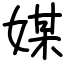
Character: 媒